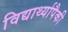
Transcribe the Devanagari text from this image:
विद्यार्थ्यापैकी